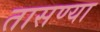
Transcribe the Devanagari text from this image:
तासण्या